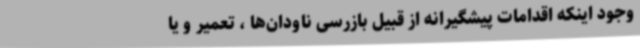
وجود اینکه اقدامات پیشگیرانه از قبیل بازرسی ناودان‌ها ، تعمیر و یا